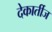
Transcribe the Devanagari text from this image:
देकार्तीज